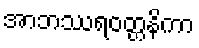
အာဘဿရဝတ္တနိကာ